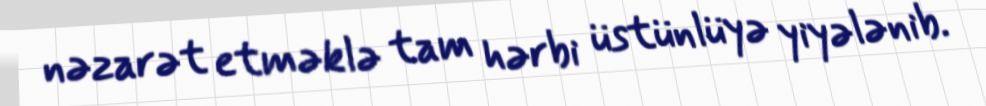
nəzarət etməklə tam hərbi üstünlüyə yiyələnib.